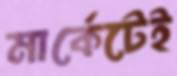
মার্কেটেই